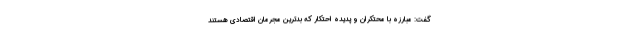
گفت: مبارزه با محتکران و پدیده احتکار که بدترین مجرمان اقتصادی هستند